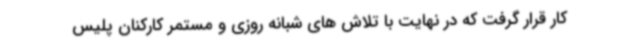
کار قرار گرفت که در نهایت با تلاش های شبانه روزی و مستمر کارکنان پلیس